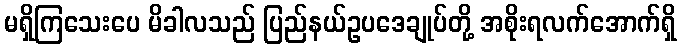
မရှိကြသေးပေ မိခါလသည် ပြည်နယ်ဥပဒေချုပ်တို့ အစိုးရလက်အောက်ရှိ